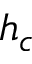
h _ { c }